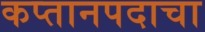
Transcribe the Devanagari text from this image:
कप्तानपदाचा